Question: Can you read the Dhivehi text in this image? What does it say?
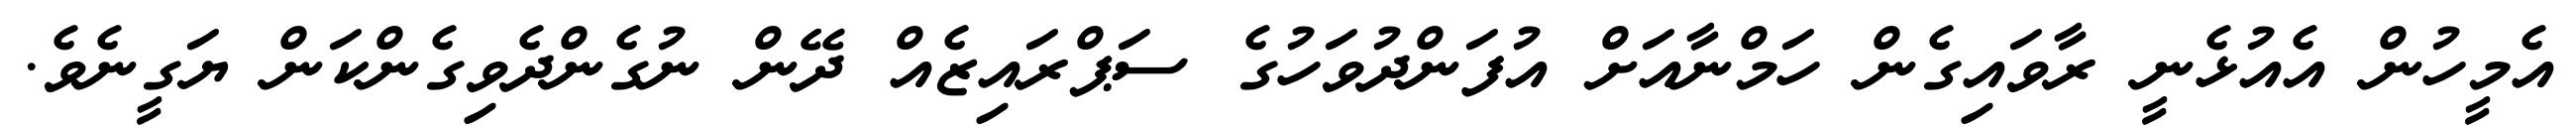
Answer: އެމީހުން އެއުޅެނީ ރާވައިގެން ހަމްނާއަށް އުފަންދުވަހުގެ ސަޕްރައިޒެއް ދޭން ނުގެންދެވިގެންކަން ޔަގީނެވެ.